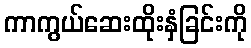
ကာကွယ်ဆေးထိုးနှံခြင်းကို